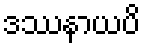
ဒဿနာယပိ